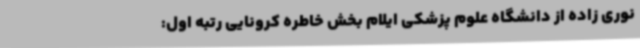
نوری زاده از دانشگاه علوم پزشکی ایلام بخش خاطره کرونایی رتبه اول: